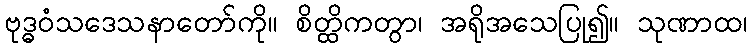
ဗုဒ္ဓဝံသဒေသနာတော်ကို။ စိတ္ထိကတွာ၊ အရိုအသေပြု၍။ သုဏာထ၊